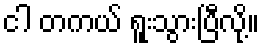
ငါ တကယ် ရူးသွားပြီလို့။